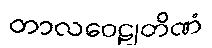
တာလဝေဠုတိဏံ